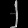
Digit: ၂